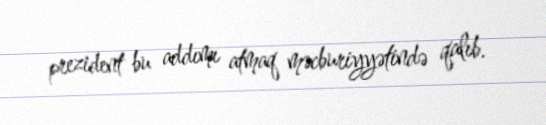
prezident bu addımı atmaq məcburiyyətində qalıb.